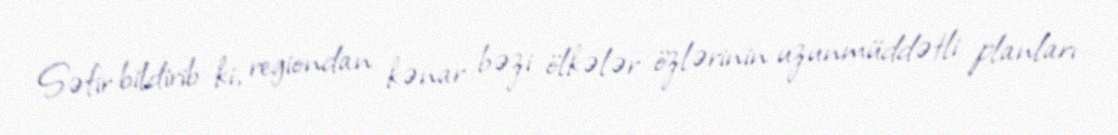
Səfir bildirib ki, regiondan kənar bəzi ölkələr özlərinin uzunmüddətli planları